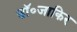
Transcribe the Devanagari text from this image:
डॉ॰जाकिर